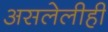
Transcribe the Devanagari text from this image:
असलेलीही